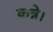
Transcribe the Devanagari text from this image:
कन्ने।